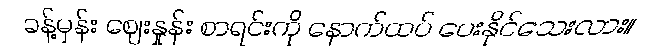
ခန့်မှန်း ဈေးနှုန်း စာရင်းကို နောက်ထပ် ပေးနိုင်သေးလား။